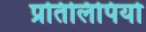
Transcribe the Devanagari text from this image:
प्रतिलिपियो